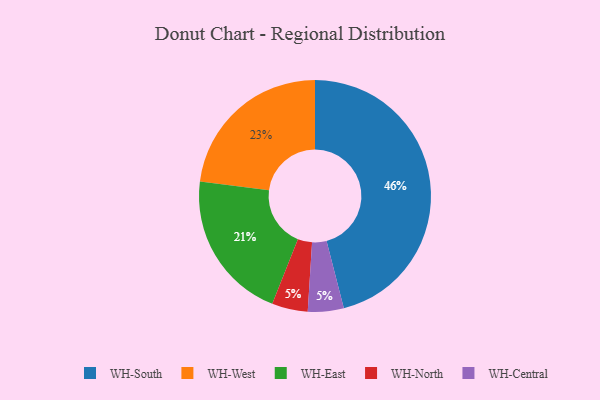
{"axis": {"x": "Category", "y": "Percentage"}, "legend": ["WH-Central", "WH-East", "WH-North", "WH-South", "WH-West"], "data": [{"x": "WH-West", "y": 23, "type": "WH-West"}, {"x": "WH-East", "y": 21, "type": "WH-East"}, {"x": "WH-North", "y": 5, "type": "WH-North"}, {"x": "WH-Central", "y": 5, "type": "WH-Central"}, {"x": "WH-South", "y": 46, "type": "WH-South"}]}